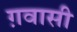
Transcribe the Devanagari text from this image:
ग़वासी